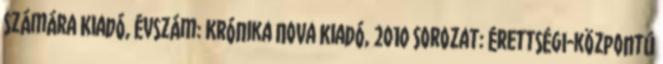
számára Kiadó, évszám: Krónika Nova Kiadó, 2010 Sorozat: Érettségi-központú